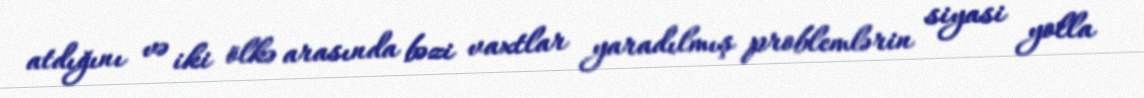
atdığını və iki ölkə arasında bəzi vaxtlar yaradılmış problemlərin siyasi yolla